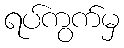
ရပ်ကွက်မှ